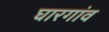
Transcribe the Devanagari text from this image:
घारगांव